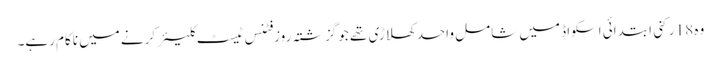
وہ 18 رکنی ابتدائی اسکواڈ میں شامل واحد کھلاڑی تھے جو گزشتہ روز فٹنس ٹیسٹ کلیئر کرنے میں ناکام رہے۔